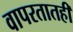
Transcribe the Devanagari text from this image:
वापरतातही